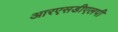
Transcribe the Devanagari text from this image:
आरएसडीएलपी